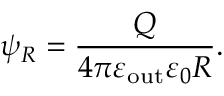
\psi _ { R } = \frac { Q } { 4 \pi \varepsilon _ { \mathrm { o u t } } \varepsilon _ { 0 } R } .